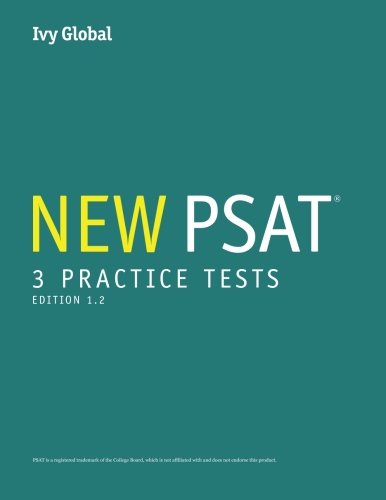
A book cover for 3 New PSAT Practice Tests (Prep book), 2015 Edition; Ivy Global; Test Preparation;